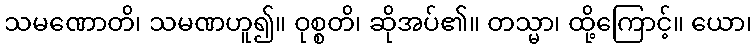
သမဏောတိ၊ သမဏဟူ၍။ ဝုစ္စတိ၊ ဆိုအပ်၏။ တသ္မာ၊ ထို့ကြောင့်။ ယော၊